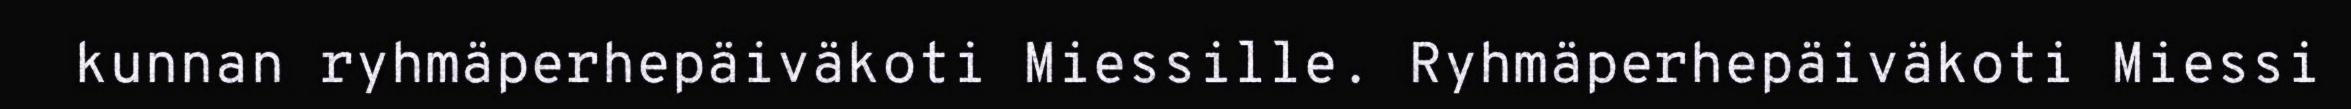
kunnan ryhmäperhepäiväkoti Miessille. Ryhmäperhepäiväkoti Miessi